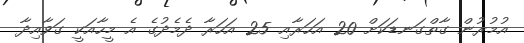
އުމުރުން ގާތްގަނޑަކަށް 20 އަހަރާއި 25 އަހަރާ ދެމެދުގެ އެ މީހާއަކީ ގަވާއިދާ